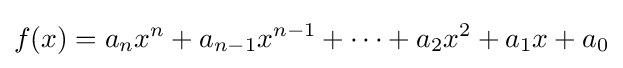
f(x)=a_{n}x^{n}+a_{n-1}x^{n-1}+\cdots +a_{2}x^{2}+a_{1}x+a_{0}